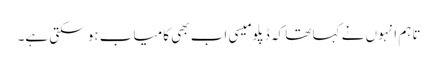
تاہم انہوں نے کہا تھا کہ ڈپلومیسی اب بھی کامیاب ہو سکتی ہے۔